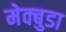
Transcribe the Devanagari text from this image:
मेक्बुडा